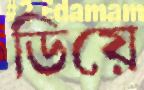
ডিয়ে